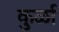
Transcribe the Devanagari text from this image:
कुर्ळा